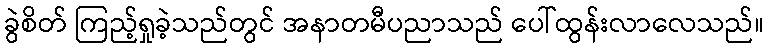
ခွဲစိတ် ကြည့်ရှုခဲ့သည်တွင် အနာတမီပညာသည် ပေါ်ထွန်းလာလေသည်။